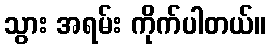
သွား အရမ်း ကိုက်ပါတယ်။